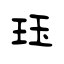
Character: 珏